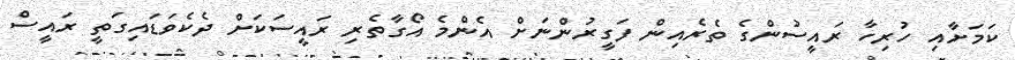
ކަމަށާއި ހުރިހާ ރައީސުންގެ ތެރެއިން ފަގީރުންނަށް އެންމެ އޯގާތެރި ރައީސަކަށް ދެކެވަޑައިގަތީ ރައީސް